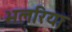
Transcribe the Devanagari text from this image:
भलरिया